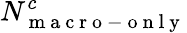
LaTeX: N_{\mathrm{~m~a~c~r~o~-~o~n~l~y~}}^{c}